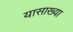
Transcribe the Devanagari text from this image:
यासाख्या